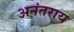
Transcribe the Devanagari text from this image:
अनंतराय